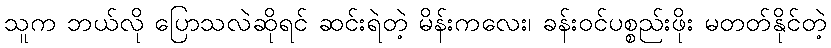
သူက ဘယ်လို ပြောသလဲဆိုရင် ဆင်းရဲတဲ့ မိန်းကလေး၊ ခန်းဝင်ပစ္စည်းဖိုး မတတ်နိုင်တဲ့